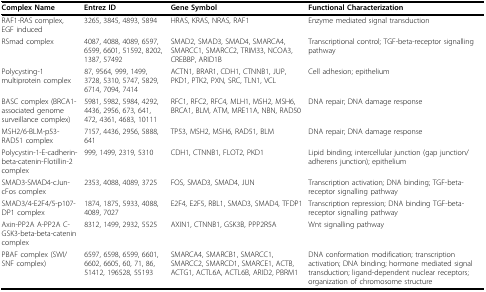
<table><thead><tr><td><b>Complex Name</b></td><td><b>Entrez ID</b></td><td><b>Gene Symbol</b></td><td><b>Functional Characterization</b></td></tr></thead><tbody><tr><td>RAF1-RAS complex, EGF induced</td><td>3265, 3845, 4893, 5894</td><td>HRAS, KRAS, NRAS, RAF1</td><td>Enzyme mediated signal transduction</td></tr><tr><td>RSmad complex</td><td>4087, 4088, 4089, 6597, 6599, 6601, 51592, 8202, 1387, 57492</td><td>SMAD2, SMAD3, SMAD4, SMARCA4, SMARCC1, SMARCC2, TRIM33, NCOA3, CREBBP, ARID1B</td><td>Transcriptional control; TGF-beta-receptor signalling pathway</td></tr><tr><td>Polycysting-1 multiprotein complex</td><td>87, 9564, 999, 1499, 3728, 5310, 5747, 5829, 6714, 7094, 7414</td><td>ACTN1, BRAR1, CDH1, CTNNB1, JUP, PKD1, PTK2, PXN, SRC, TLN1, VCL</td><td>Cell adhesion; epithelium</td></tr><tr><td>BASC complex (BRCA1-associated genome surveillance complex)</td><td>5981, 5982, 5984, 4292, 4436, 2956, 673, 641, 472, 4361, 4683, 10111</td><td>RFC1, RFC2, RFC4, MLH1, MSH2, MSH6, BRCA1, BLM, ATM, MRE11A, NBN, RAD50</td><td>DNA repair; DNA damage response</td></tr><tr><td>MSH2/6-BLM-p53-RAD51 complex</td><td>7157, 4436, 2956, 5888, 641</td><td>TP53, MSH2, MSH6, RAD51, BLM</td><td>DNA repair; DNA damage response</td></tr><tr><td>Polycystin-1-E-cadherin-beta-catenin-Flotillin-2 complex</td><td>999, 1499, 2319, 5310</td><td>CDH1, CTNNB1, FLOT2, PKD1</td><td>Lipid binding; intercellular junction (gap junction/adherens junction); epithelium</td></tr><tr><td>SMAD3-SMAD4-cJun-cFos complex</td><td>2353, 4088, 4089, 3725</td><td>FOS, SMAD3, SMAD4, JUN</td><td>Transcription activation; DNA binding; TGF-beta-receptor signalling pathway</td></tr><tr><td>SMAD3/4-E2F4/5-p107-DP1 complex</td><td>1874, 1875, 5933, 4088, 4089, 7027</td><td>E2F4, E2F5, RBL1, SMAD3, SMAD4, TFDP1</td><td>Transcription repression; DNA binding TGF-beta-receptor signalling pathway</td></tr><tr><td>Axin-PP2A A-PP2A C-GSK3-beta-beta-catenin complex</td><td>8312, 1499, 2932, 5525</td><td>AXIN1, CTNNB1, GSK3B, PPP2R5A</td><td>Wnt signalling pathway</td></tr><tr><td>PBAF complex (SWI/SNF complex)</td><td>6597, 6598, 6599, 6601, 6602, 6605, 60, 71, 86, 51412, 196528, 55193</td><td>SMARCA4, SMARCB1, SMARCC1, SMARCC2, SMARCD1, SMARCE1, ACTB, ACTG1, ACTL6A, ACTL6B, ARID2, PBRM1</td><td>DNA conformation modification; transcription activation; DNA binding; hormone mediated signal transduction; ligand-dependent nuclear receptors; organization of chromosome structure</td></tr></tbody></table>